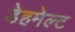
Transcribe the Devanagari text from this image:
डेहमेल्ट